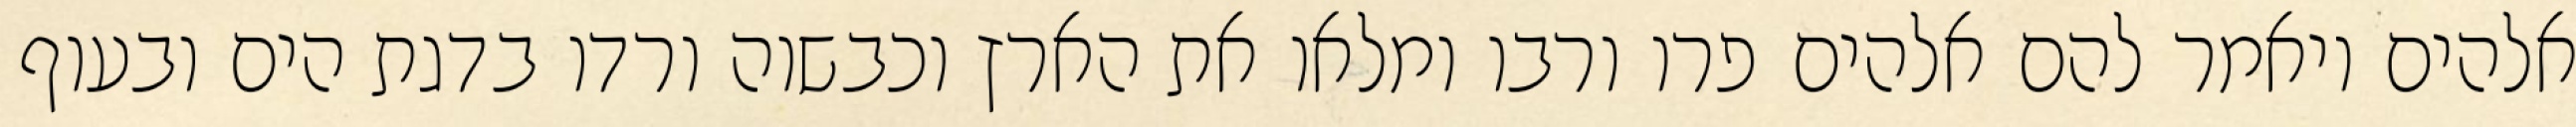
אלהים ויאמר להם אלהים פרו ורבו ומלאו את הארץ וכבשוה ורדו בדגת הים ובעוף